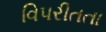
વિપરીતતા